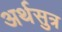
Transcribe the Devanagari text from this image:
अर्थसुत्र